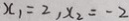
x _ { 1 } = 2 , x _ { 2 } = - 2